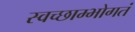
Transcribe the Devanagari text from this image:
स्वच्छाम्भोगतं